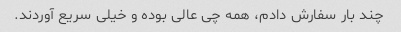
چند بار سفارش دادم، همه چی عالی بوده و خیلی سریع آوردند.